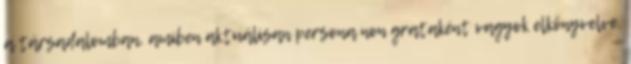
a társadalomban, amiben aktuálisan persona non grataként vagyok elkönyvelve.